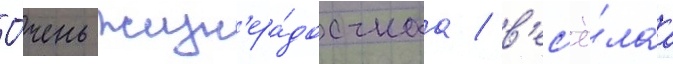
О́чень жизн'ера́достнаа / в'ес'ё́лаа